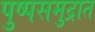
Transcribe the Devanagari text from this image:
पुष्पसमुद्रात